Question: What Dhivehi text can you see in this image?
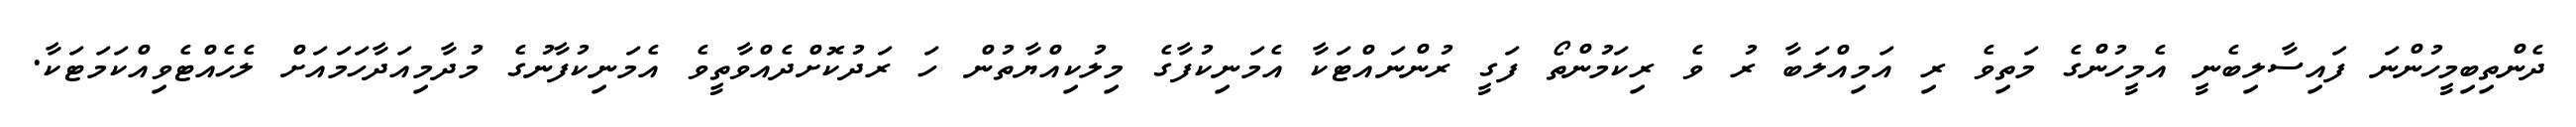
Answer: ދެންތިބިމީހުންނަ ފައިސާލިބެނީ އެމީހުންގެ މަތިވެ ރި އަމިއްލަބާ ރު ވެ ރިކަމުންތޯ ފަގީ ރުންނައްޓަކާ އެމަނިކުފާގެ މިލުކިއްޔާތުން ހަ ރަދުކޮށްދެއްވާތީވެ އެމަނިކުފާނުގެ މުދާމިއަދާހަމައަށް ލެހެއްޓެވިއްކަމަޓަކާ.